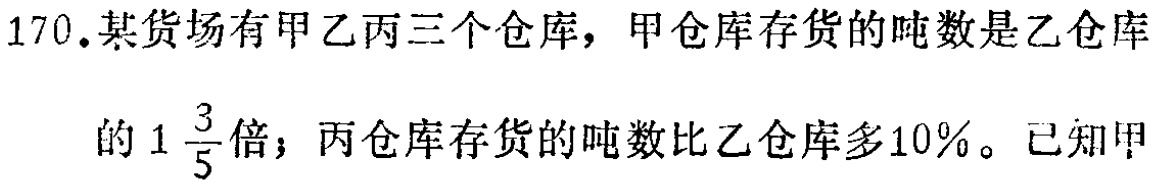
170.某货场有甲乙丙三个仓库，甲仓库存货的吨数是乙仓库

的\(1\frac{3}{5}\)倍；丙仓库存货的吨数比乙仓库多\(10\%\)。已知甲